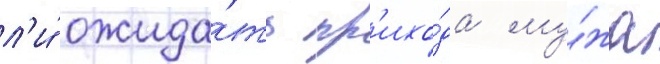
л'и́ ожида́ть пр'ихо́да му́жа